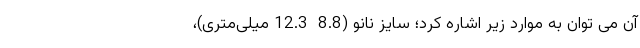
آن می توان به موارد زیر اشاره کرد؛ سایز نانو (8.8  12.3 میلی‌متری)،